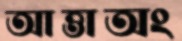
আত্তাঅং